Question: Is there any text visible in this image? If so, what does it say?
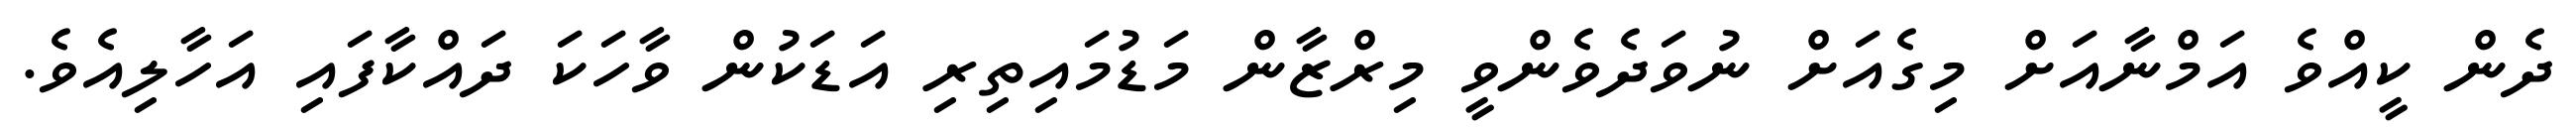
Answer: ދެން ކީއްވެ އަމްނާއަށް މިގެއަށް ނުވަދެވެންވީ މިރްޒާން މަޑުމައިތިރި އަޑަކުން ވާހަކަ ދައްކާފައި އަހާލިއެވެ.